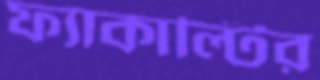
ফ্যাকাল্টির